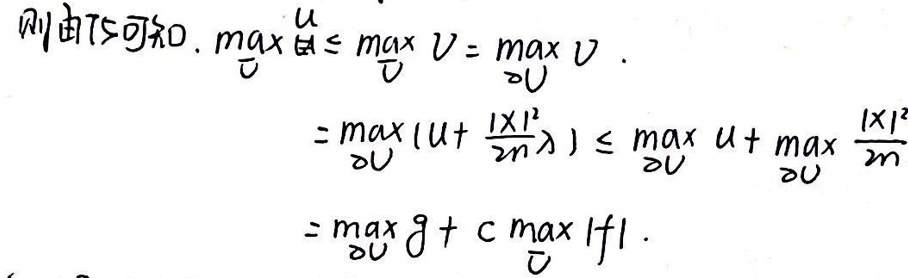
\begin{align*}
&\text{由}\ T\geq0,\ \max_{\overline{V}}\overline{u}\leq\max_{\overline{V}}\dot{V}=\max_{\partial V}\dot{V}\\
&=\max_{\partial V}\left(u+\frac{|x|^2}{2m\lambda}\right)\leq\max_{\partial V}u+\max_{\partial V}\frac{|x|^2}{2m}\\
&=\max_{\partial V}g + c\max_{\partial V}|f|
\end{align*}